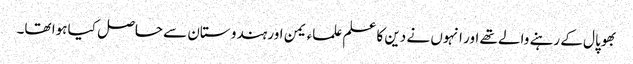
بھوپال کے رہنے والے تھے اور انہوں نے دین کا علم علماء یمن اور ہندو ستان سے حاصل کیا ہوا تھا۔